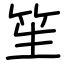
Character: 笙